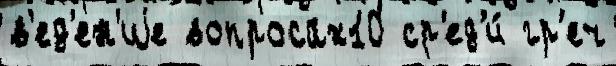
в'ед'ен'иjе вопросах10 ср'ед'и́ гр'еч